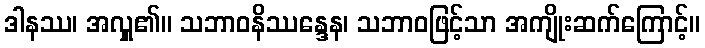
ဒါနဿ၊ အလှူ၏။ သဘာဝနိဿန္ဒေန၊ သဘာဝဖြင့်သာ အကျိုးဆက်ကြောင့်။